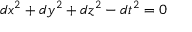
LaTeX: d x ^ { 2 } + d y ^ { 2 } + d z ^ { 2 } - d t ^ { 2 } = 0